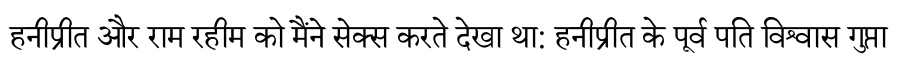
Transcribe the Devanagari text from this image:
हनीप्रीत और राम रहीम को मैंने सेक्स करते देखा था: हनीप्रीत के पूर्व पति विश्वास गुप्ता